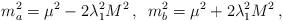
LaTeX: \begin{align*}m_{a}^2 =\mu^2 -2\lambda_1^2 M^2\, , \,\,\, m_{b}^2 =\mu^2 +2\lambda_1^2 M^2\, ,\end{align*}